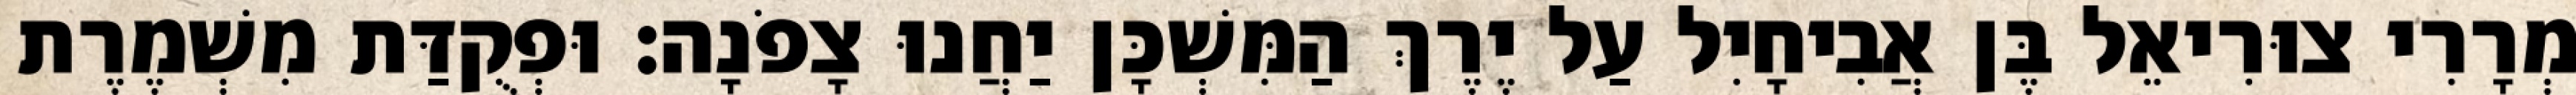
מְרָרִי צוּרִיאֵל בֶּן אֲבִיחָיִל עַל יֶרֶךְ הַמִּשְׁכָּן יַחֲנוּ צָפֹנָה׃ וּפְקֻדַּת מִשְׁמֶרֶת